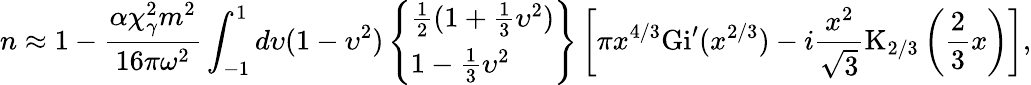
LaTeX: n\approx 1-\frac{\alpha\chi_{\gamma}^{2}m^{2}}{16\pi\omega^{2}}\int_{-1}^{1}d\upsilon(1-\upsilon^{2})\left\{ \begin{array}{l}{\frac{1}{2}(1+\frac{1}{3}\upsilon^{2})}\\ {1-\frac{1}{3}\upsilon^{2}}\end{array}\right\} \left[\pi x^{4/3}\mathrm{Gi}^{\prime}(x^{2/3})-i\frac{x^{2}}{\sqrt{3}}\mathrm{K}_{2/3}\left(\frac{2}{3}x\right)\right],